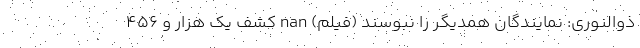
ذوالنوری: نمایندگان همدیگر را نبوسند (فیلم) nan کشف یک هزار و ۴۵۶